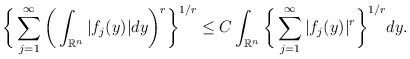
LaTeX: \begin{align*}\bigg\{\sum_{j=1}^{\infty}\bigg(\int_{\mathbb{R}^n}|f_{j}(y)|dy\bigg)^{r}\bigg\}^{1/r}\leq C\int_{\mathbb{R}^n}\bigg\{\sum_{j=1}^{\infty}|f_{j}(y)|^{r}\bigg\}^{1/r}dy.\end{align*}